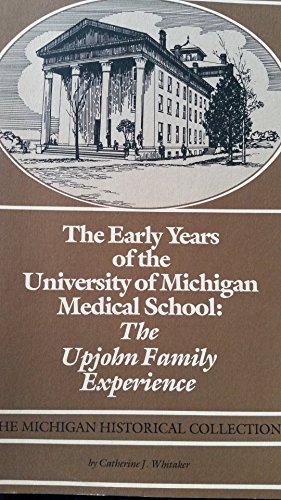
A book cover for The early years of the University of Michigan Medical School : the Upjohn family experience; Catherine J. Whitaker; Education & Teaching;